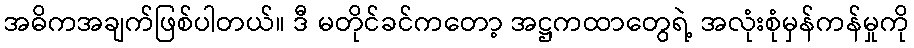
အဓိကအချက်ဖြစ်ပါတယ်။ ဒီ မတိုင်ခင်ကတော့ အဋ္ဌကထာတွေရဲ့ အလုံးစုံမှန်ကန်မှုကို